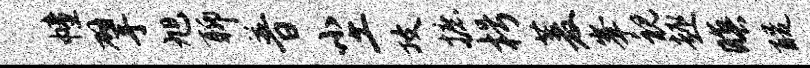
幢擘旭聊普尘攻摭枵菱峰视趣暝醍